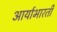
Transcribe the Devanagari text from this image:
आर्याभारती